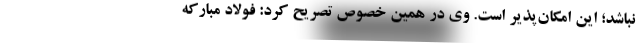
نباشد؛ این امکان‌پذیر است. وی در همین خصوص تصریح کرد: فولاد مبارکه